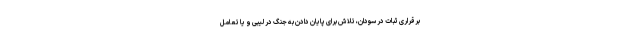
برقراری ثبات در سودان، تلاش برای پایان دادن به جنگ در لیبی و یا تعامل